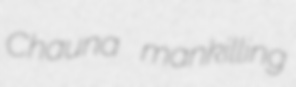
Chauna mankilling